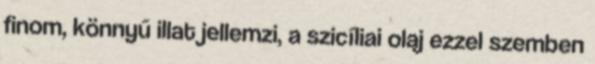
finom, könnyű illat jellemzi, a szicíliai olaj ezzel szemben